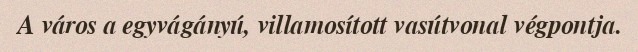
A város a egyvágányú, villamosított vasútvonal végpontja.